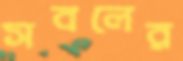
সবলের